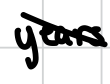
Text: years
Cross-out: diagonal
Writing tool: digital_black